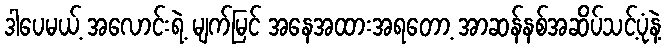
ဒါပေမယ့် အလောင်းရဲ့ မျက်မြင် အနေအထားအရတော့ အာဆန်နစ်အဆိပ်သင့်ပုံနဲ့